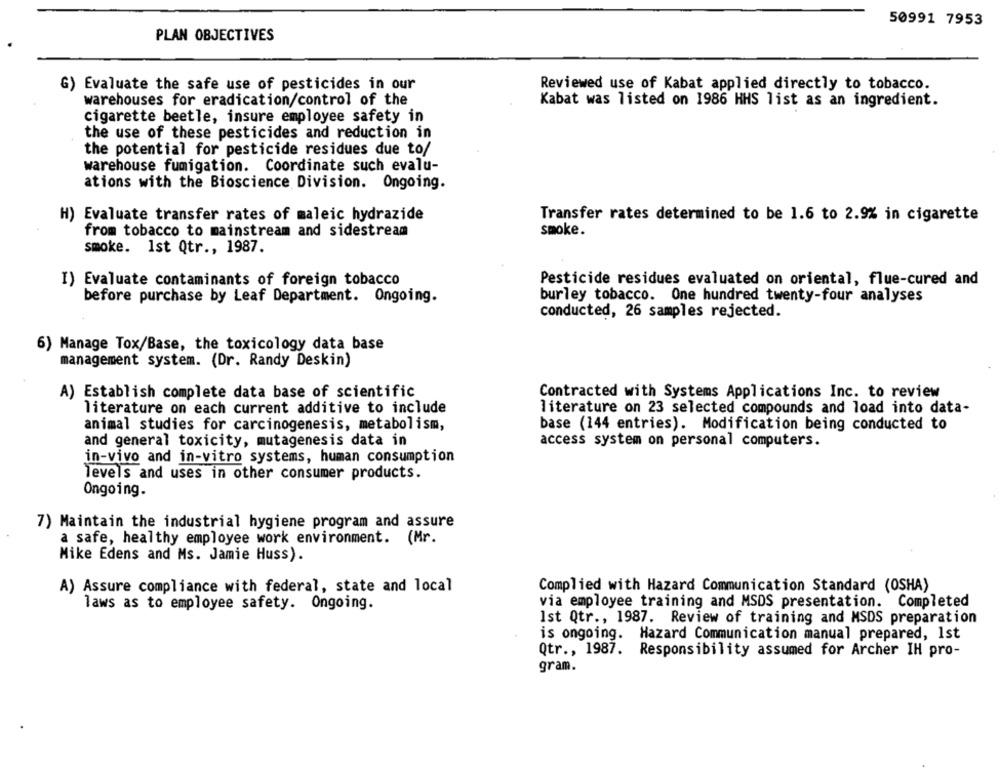
50991 7953
PLAN OBJECTIVES
Reviewed use of Kabat applied directly to tobacco.
G) Evaluate the safe use of pesticides in our
warehouses for eradication/control of the
Kabat was listed on 1986 HHS list as an ingredient.
cigarette beetle, insure employee safety in
the use of these pesticides and reduction in
the potential for pesticide residues due to/
warehouse fumigation. Coordinate such evalu-
ations with the Bioscience Division. Ongoing.
H) Evaluate transfer rates of maleic hydrazide
Transfer rates determined to be 1.6 to 2.9% in cigarette
smoke.
from tobacco to mainstream and sidestream
smoke. 1st Qtr ., 1987.
I) Evaluate contaminants of foreign tobacco
Pesticide residues evaluated on oriental, flue-cured and
before purchase by Leaf Department. Ongoing.
burley tobacco. One hundred twenty-four analyses
conducted, 26 samples rejected.
6) Manage Tox/Base, the toxicology data base
management system. (Dr. Randy Deskin)
A) Establish complete data base of scientific
Contracted with Systems Applications Inc. to review
literature on each current additive to include
literature on 23 selected compounds and load into data-
animal studies for carcinogenesis, metabolism,
base (144 entries). Modification being conducted to
and general toxicity, mutagenesis data in
access system on personal computers.
in-vivo and in-vitro systems, human consumption
levels and uses in other consumer products.
Ongoing.
7) Maintain the industrial hygiene program and assure
a safe, healthy employee work environment. (Mr.
Mike Edens and Ms. Jamie Huss).
A) Assure compliance with federal, state and local
Complied with Hazard Communication Standard (OSHA)
laws as to employee safety. Ongoing.
via employee training and MSDS presentation. Completed
Ist Qtr ., 1987. Review of training and MSDS preparation
is ongoing. Hazard Communication manual prepared, 1st
Qtr ., 1987. Responsibility assumed for Archer IH pro-
gram.